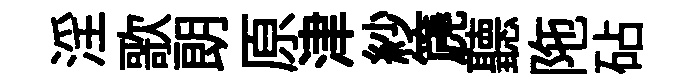
淫歌朗原津紗篪聽陁砧